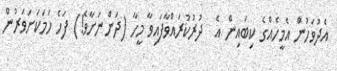
އެދުވަހުން އެމީހެއްގެ ކިބައިން އެ  ދުރުކުރައްވާފައިވާ މީހާ (ދަންނަށާވެ!) ފަހެ ހަމަކަށަވަރުން